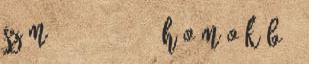
Szám: 81-10 2016. H O M O K B Ö